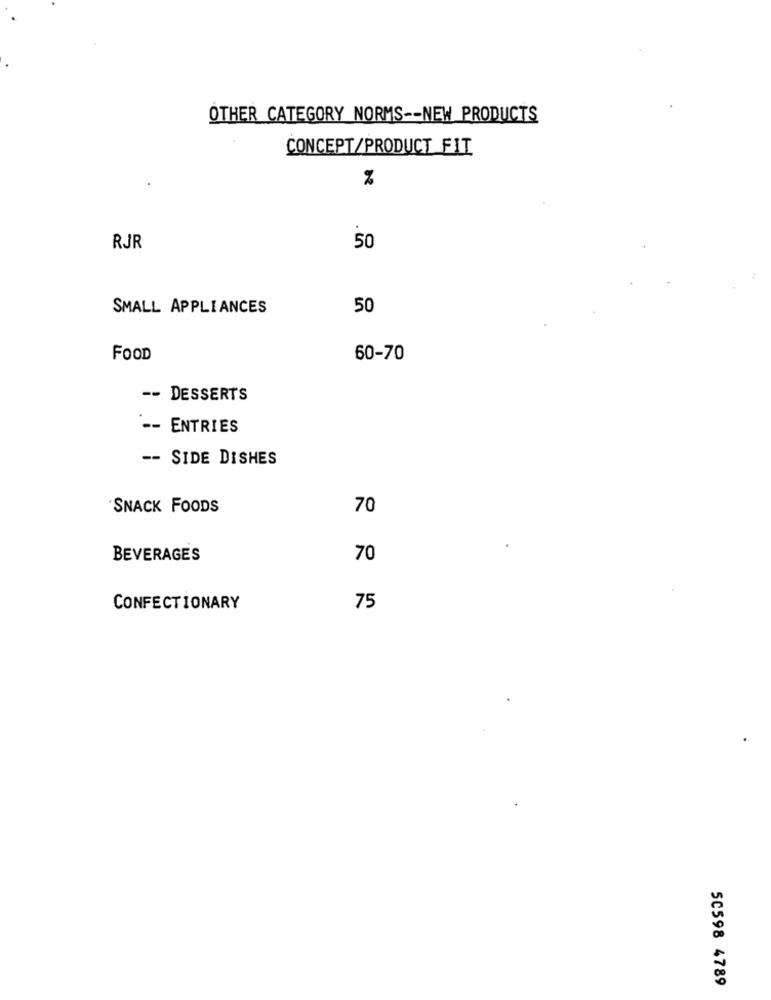
OTHER CATEGORY NORMS -- NEW PRODUCTS
CONCEPT/PRODUCT FIT
%
RJR
50
SMALL APPLIANCES
50
FOOD
60-70
-- DESSERTS
-- ENTRIES
-- SIDE DISHES
SNACK FOODS
70
BEVERAGES
70
CONFECTIONARY
75
50598 4789